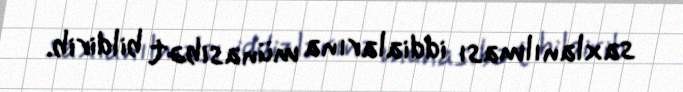
saxlanılması iddialarına münasibət bildirib.